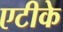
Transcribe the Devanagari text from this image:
एटीके